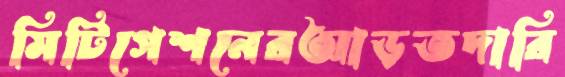
মিটিগেশনেরআড়তদারি